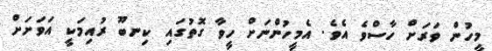
މީހުން ވަރަށް ހާސްވެ އެވެ. އެމީހުންނަށް ހީވާ ގޮތުގައި ކިނބޫ ރުއިމަކީ އަވަށަށް